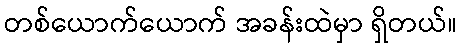
တစ်ယောက်ယောက် အခန်းထဲမှာ ရှိတယ်။